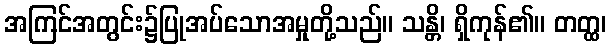
အကြင်အတွင်း၌ပြုအပ်သောအမှုတို့သည်။ သန္တိ၊ ရှိကုန်၏။ တတ္ထ၊